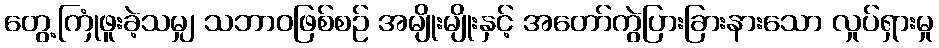
တွေ့ကြုံဖူးခဲ့သမျှ သဘာဝဖြစ်စဉ် အမျိုးမျိုးနှင့် အတော်ကွဲပြားခြားနားသော လှုပ်ရှားမှု